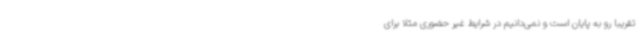
تقریباً رو به پایان است و نمی‌دانیم در شرایط غیر حضوری مثلاً برای